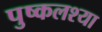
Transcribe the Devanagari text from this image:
पुष्कलश्या